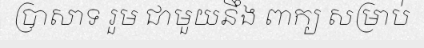
ប្រាសាទ រួម ជាមួយនឹង ពាក្យ សម្រាប់